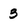
Character: 3